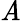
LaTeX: {\cal\mathit{A}}